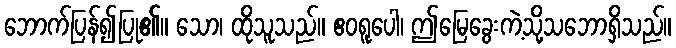
ဘောက်ပြန်၍ပြု၏။ သော၊ ထိုသူသည်။ ဧဝရူပေါ၊ ဤမြေခွေးကဲ့သို့သဘောရှိသည်။